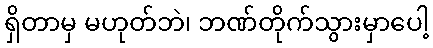
ရှိတာမှ မဟုတ်ဘဲ၊ ဘဏ်တိုက်သွားမှာပေါ့